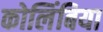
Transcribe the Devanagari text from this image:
कोलिंबिया